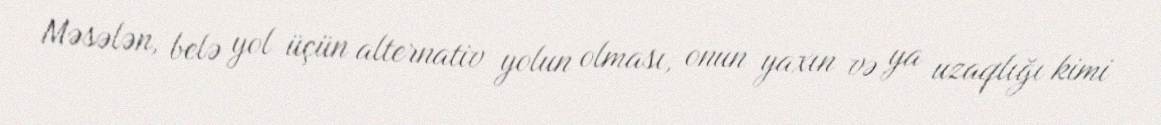
Məsələn, belə yol üçün alternativ yolun olması, onun yaxın və ya uzaqlığı kimi